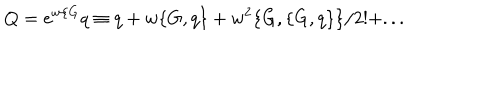
Q = e ^ { w \{ G } q \equiv q + w \{ G , q \} + w ^ { 2 } \{ G , \{ G , q \} \} / 2 ! + . . .